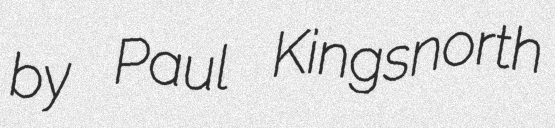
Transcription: by Paul Kingsnorth